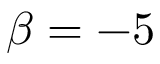
\beta = - 5